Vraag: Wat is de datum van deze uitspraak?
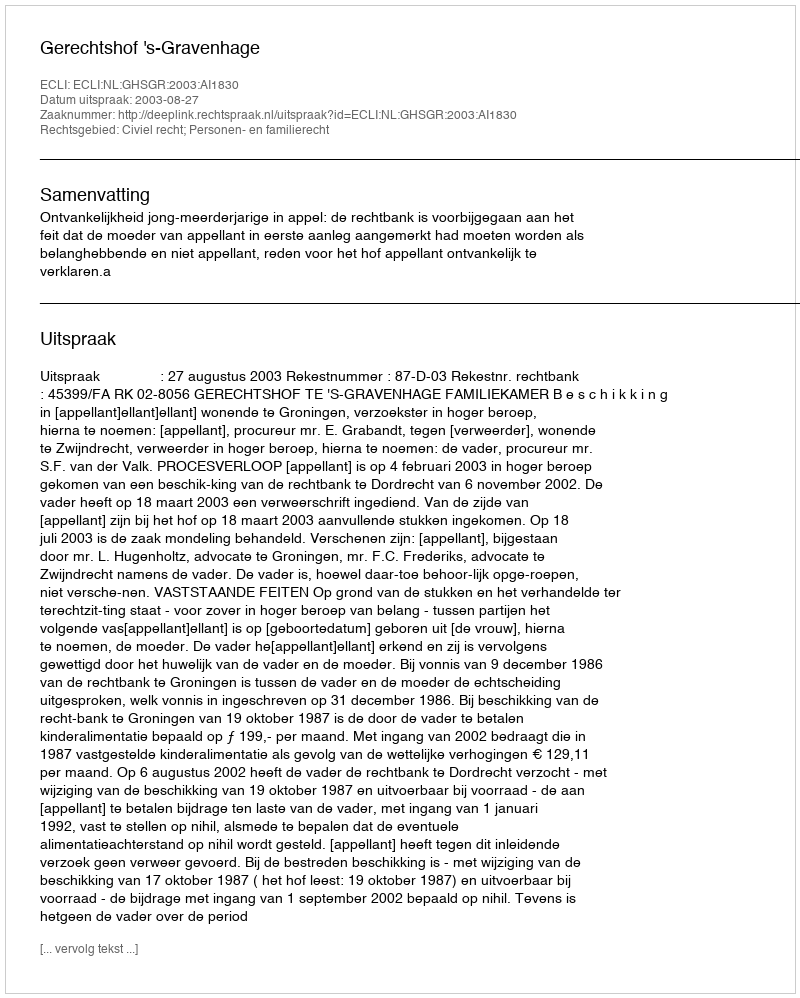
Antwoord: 2003-08-27